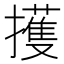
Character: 擭